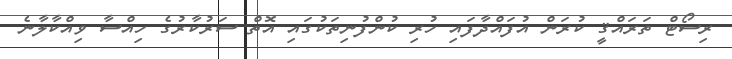
ރިސޯޓް ތަރައްޤީ ކުރަން އުފައްދާފައި ހުރި ކުންފުނިތަކުގައި އޮތް ސަރުކާރުގެ ހިއްސާ ވިއްކާލާނެ